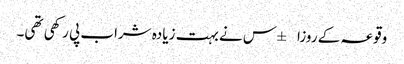
وقوعہ کے روزا±س نے بہت زیادہ شراب پی رکھی تھی۔